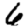
Digit: 6